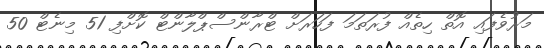
މަރުވެފައި އޮތް ހިތެއް ފުރަތަމަ ފަހަރަށް ޓްރާންސްޕްލާންޓް ކޮށްފި 51 މިނެޓް 50